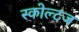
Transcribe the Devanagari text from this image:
स्कोल्टज